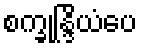
စက္ခုန္ဒြိယံပေ